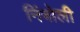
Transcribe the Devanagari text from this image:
निंबोली